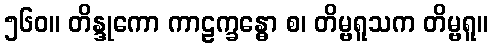
၅၆၀။ တိန္ဒုကော ကာဠက္ခန္ဓော စ၊ တိမ္ဗရူသက တိမ္ဗရူ။